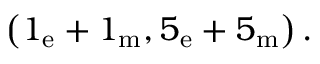
\bigl ( 1 _ { \mathrm { e } } + 1 _ { \mathrm { m } } , 5 _ { \mathrm { e } } + 5 _ { \mathrm { m } } \bigr ) \, .